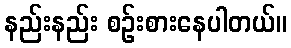
နည်းနည်း စဉ်းစားနေပါတယ်။